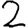
Digit: 2